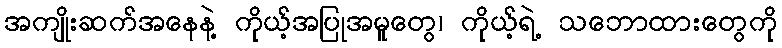
အကျိုးဆက်အနေနဲ့ ကိုယ့်အပြုအမူတွေ၊ ကိုယ့်ရဲ့ သဘောထားတွေကို